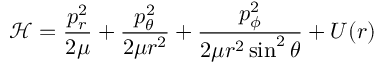
\mathcal { H } = \frac { p _ { r } ^ { 2 } } { 2 \mu } + \frac { p _ { \theta } ^ { 2 } } { 2 \mu r ^ { 2 } } + \frac { p _ { \phi } ^ { 2 } } { 2 \mu r ^ { 2 } \sin ^ { 2 } \theta } + U ( r )